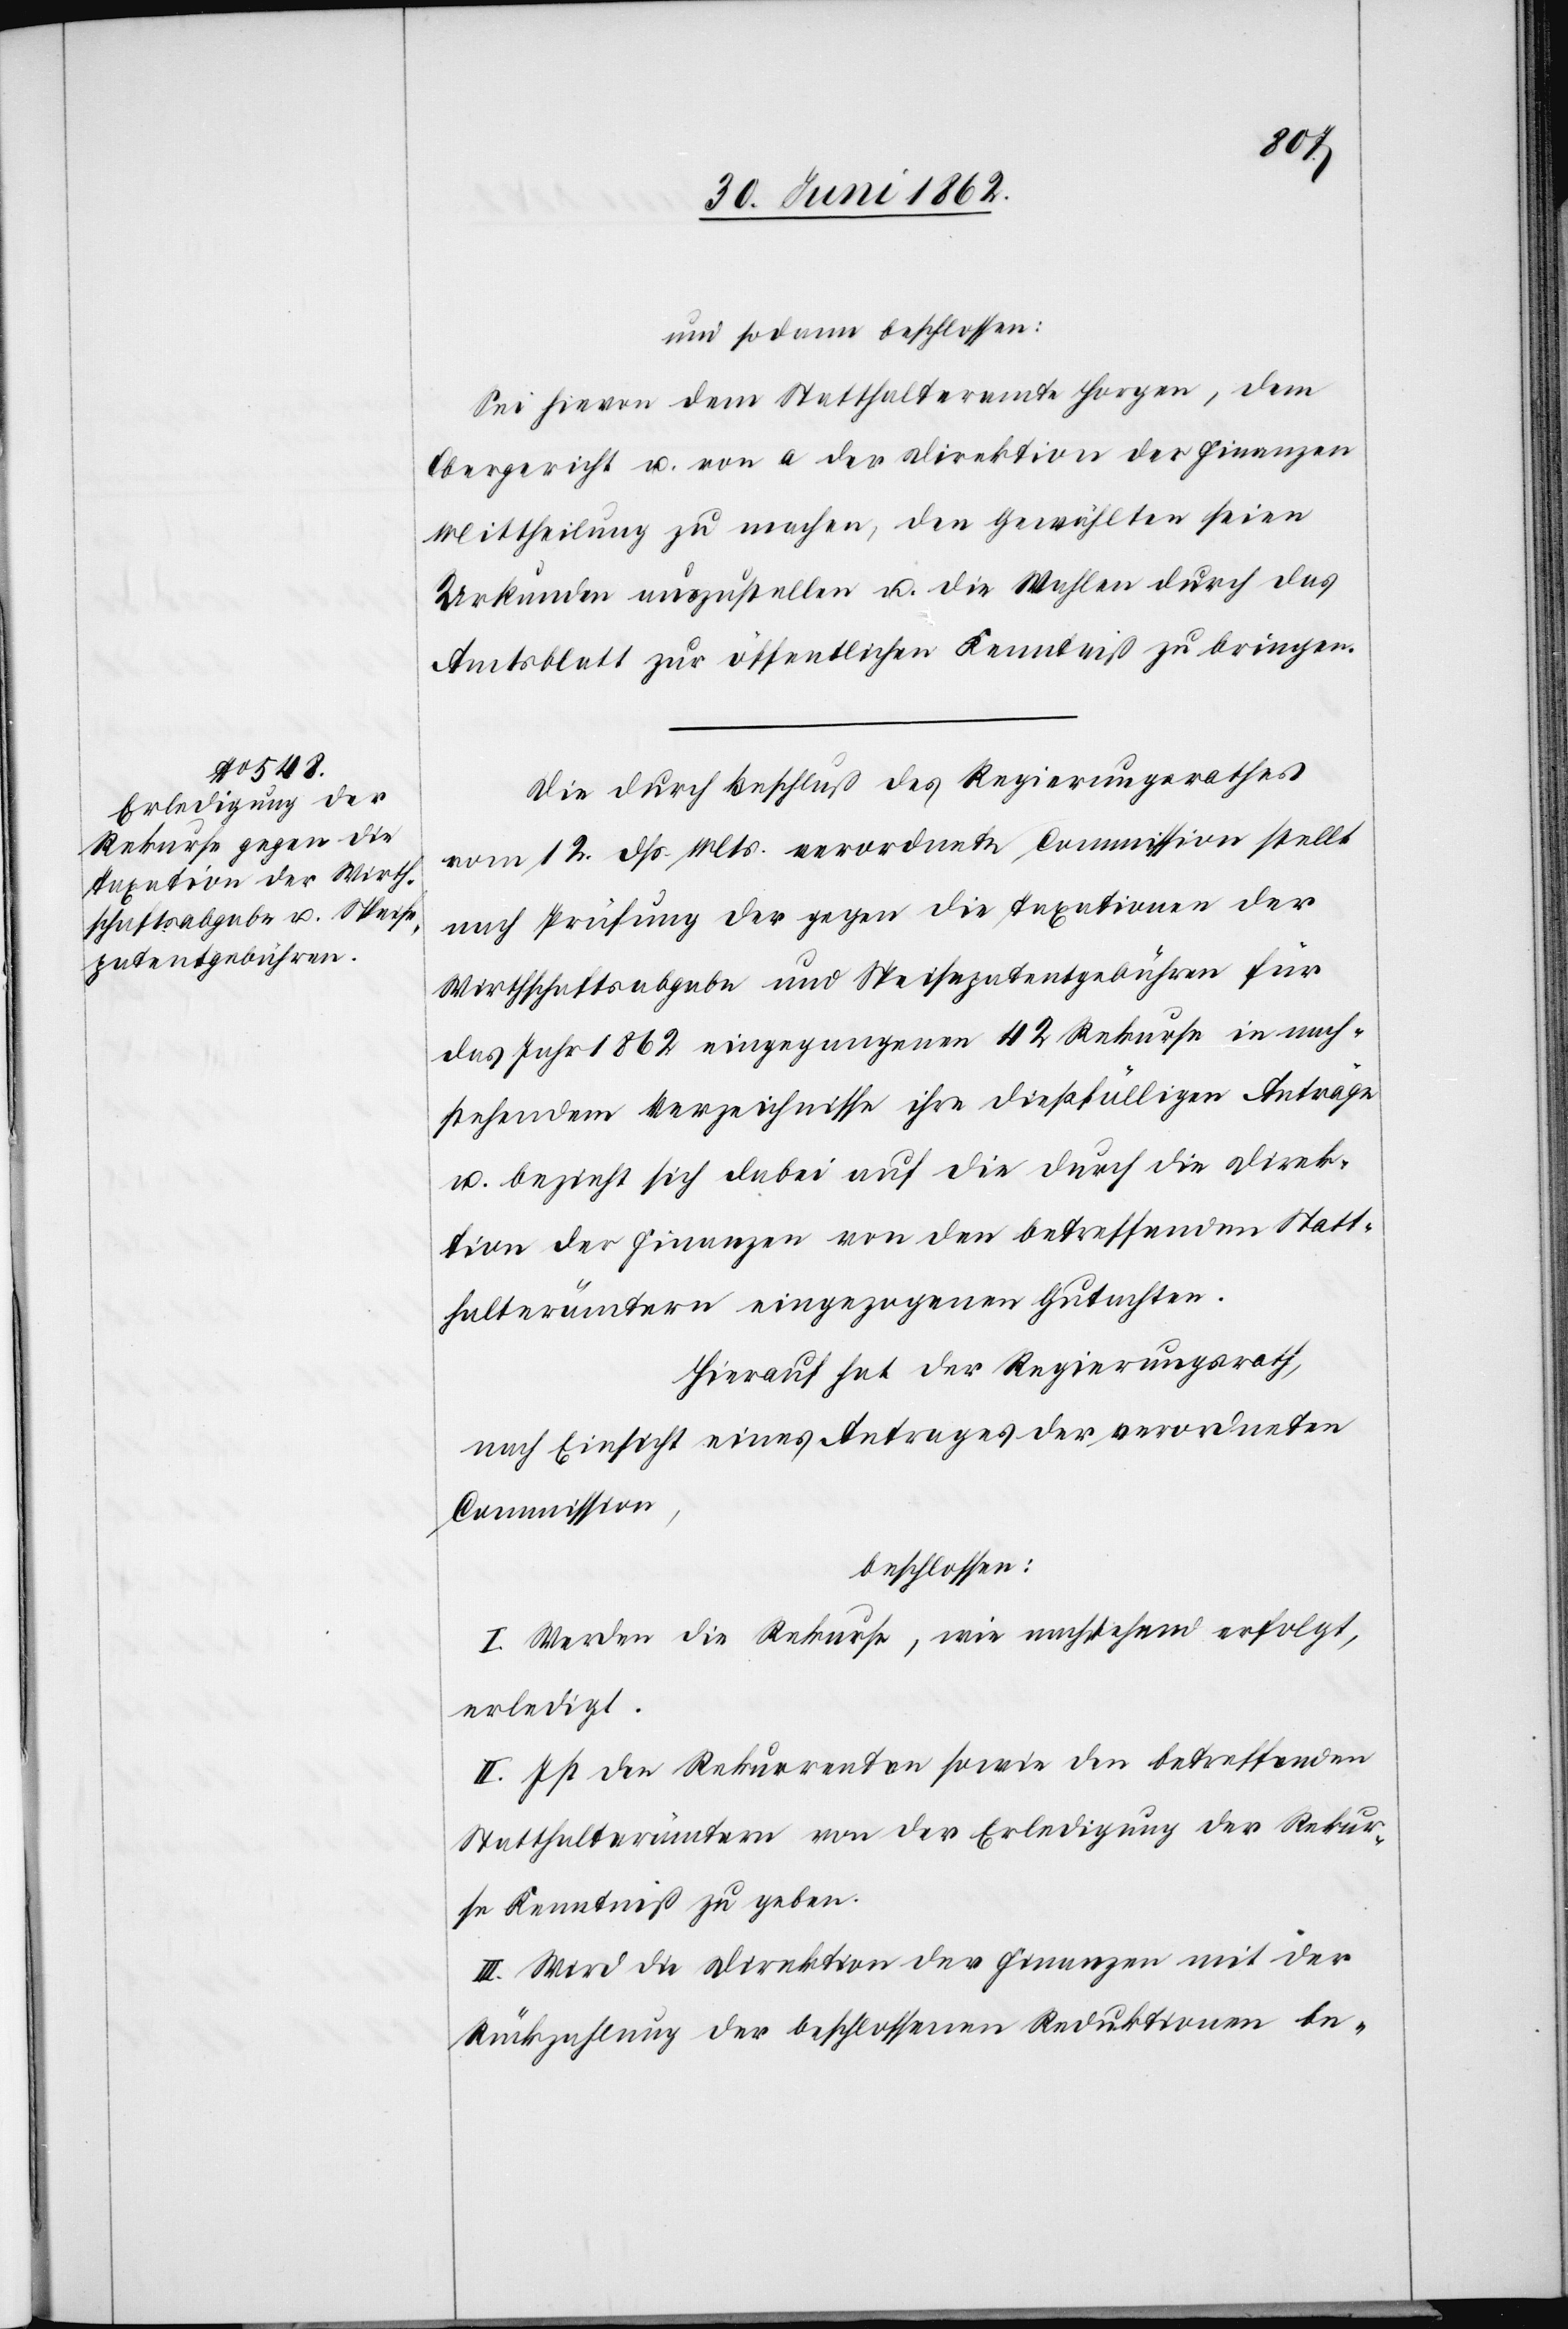
und sodann beschlossen:
Sei hievon dem Statthalteramte Horgen, dem
Obergericht u. von a der Direktion der Finanzen
Mittheilung zu machen, den Gewählten seien
Urkunden auszustellen u. die Wahlen durch das
Amtsblatt zur öffentlichen Kenntniß zu bringen.
Die durch Beschluß des Regierungsrathes
vom 12. dß. Mts. verordnete Commission stellt
nach Prüfung der gegen die Taxationen der
Wirthschaftsabgabe und Speisepatentgebühren für
das Jahr 1862 eingegangenen 42 Rekurse in nach¬
stehendem Verzeichnisse ihre dießfälligen Anträge
u. bezieht sich dabei auf die durch die Direk¬
tion der Finanzen von den betreffenden Statt¬
halterämtern eingezogenen Gutachten.
Hierauf hat der Regierungsrath,
nach Einsicht eines Antrages der verordneten
Commission,
beschlossen:
I. Werden die Rekurse, wie nachstehend erfolgt,
erledigt.
II. Ist den Rekurrenten sowie den betreffenden
Statthalterämtern von der Erledigung der Rekur¬
se Kenntniß zu geben.
III. Wird die Direktion der Finanzen mit der
Rückzahlung der beschlossenen Reduktionen be-